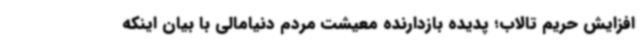
افزایش حریم تالاب؛ پدیده بازدارنده معیشت مردم دنیامالی با بیان اینکه